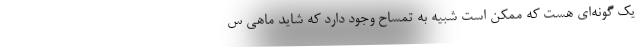
یک گونه‌ای هست که ممکن است شبیه به تمساح وجود دارد که شاید ماهی س